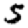
Digit: 5